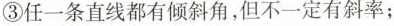
③任一条直线都有倾斜角，但不一定有斜率；